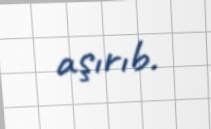
aşırıb.